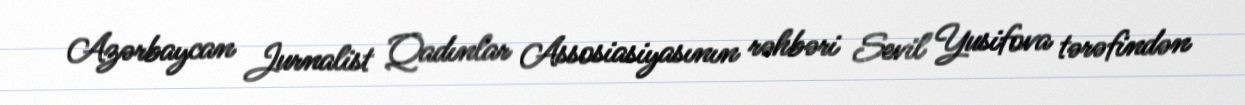
Azərbaycan Jurnalist Qadınlar Assosiasiyasının rəhbəri Sevil Yusifova tərəfindən